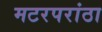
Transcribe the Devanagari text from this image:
मटरपरांठा